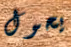
يحول